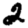
Digit: 2